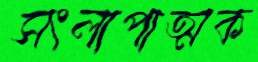
সংলাপাত্মক